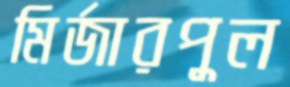
মির্জারপুল